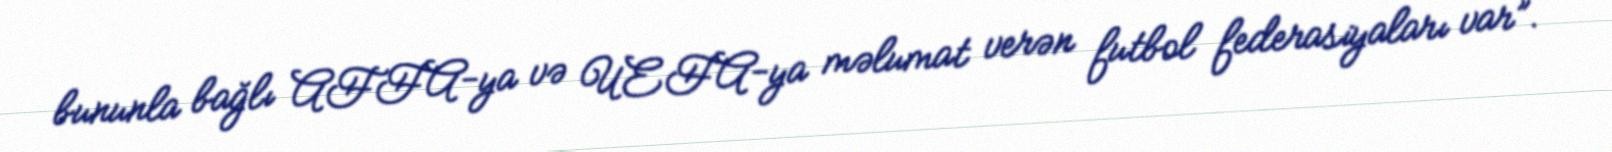
bununla bağlı AFFA-ya və UEFA-ya məlumat verən futbol federasiyaları var”.